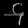
Digit: ၄